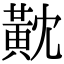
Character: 黆